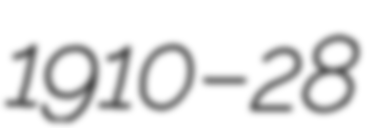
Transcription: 1910 – 28